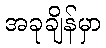
အခုချိန်မှာ